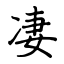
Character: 凄